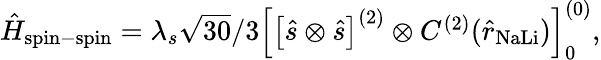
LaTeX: \begin{array}{r}{\hat{H}_{\mathrm{spin-spin}}=\lambda_{s}\sqrt{30}/3\left[\left[\hat{s}\otimes\hat{s}\right]^{(2)}\otimes C^{(2)}(\hat{r}_{\mathrm{NaLi}})\right]_{0}^{(0)},}\end{array}